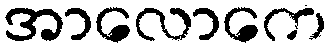
အာလောကေ